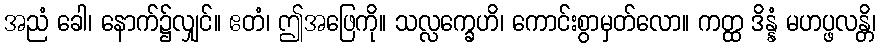
အညံ ခေါ၊ နောက်၌လျှင်။ ဧတံ၊ ဤအဖြေကို။ သလ္လက္ခေဟိ၊ ကောင်းစွာမှတ်လော။ ကတ္ထ ဒိန္နံ မဟပ္ဖလန္တိ၊